NAE_ERA_R-1765_ENSV_Kirjanike_Liit_1945-1955, lk 12
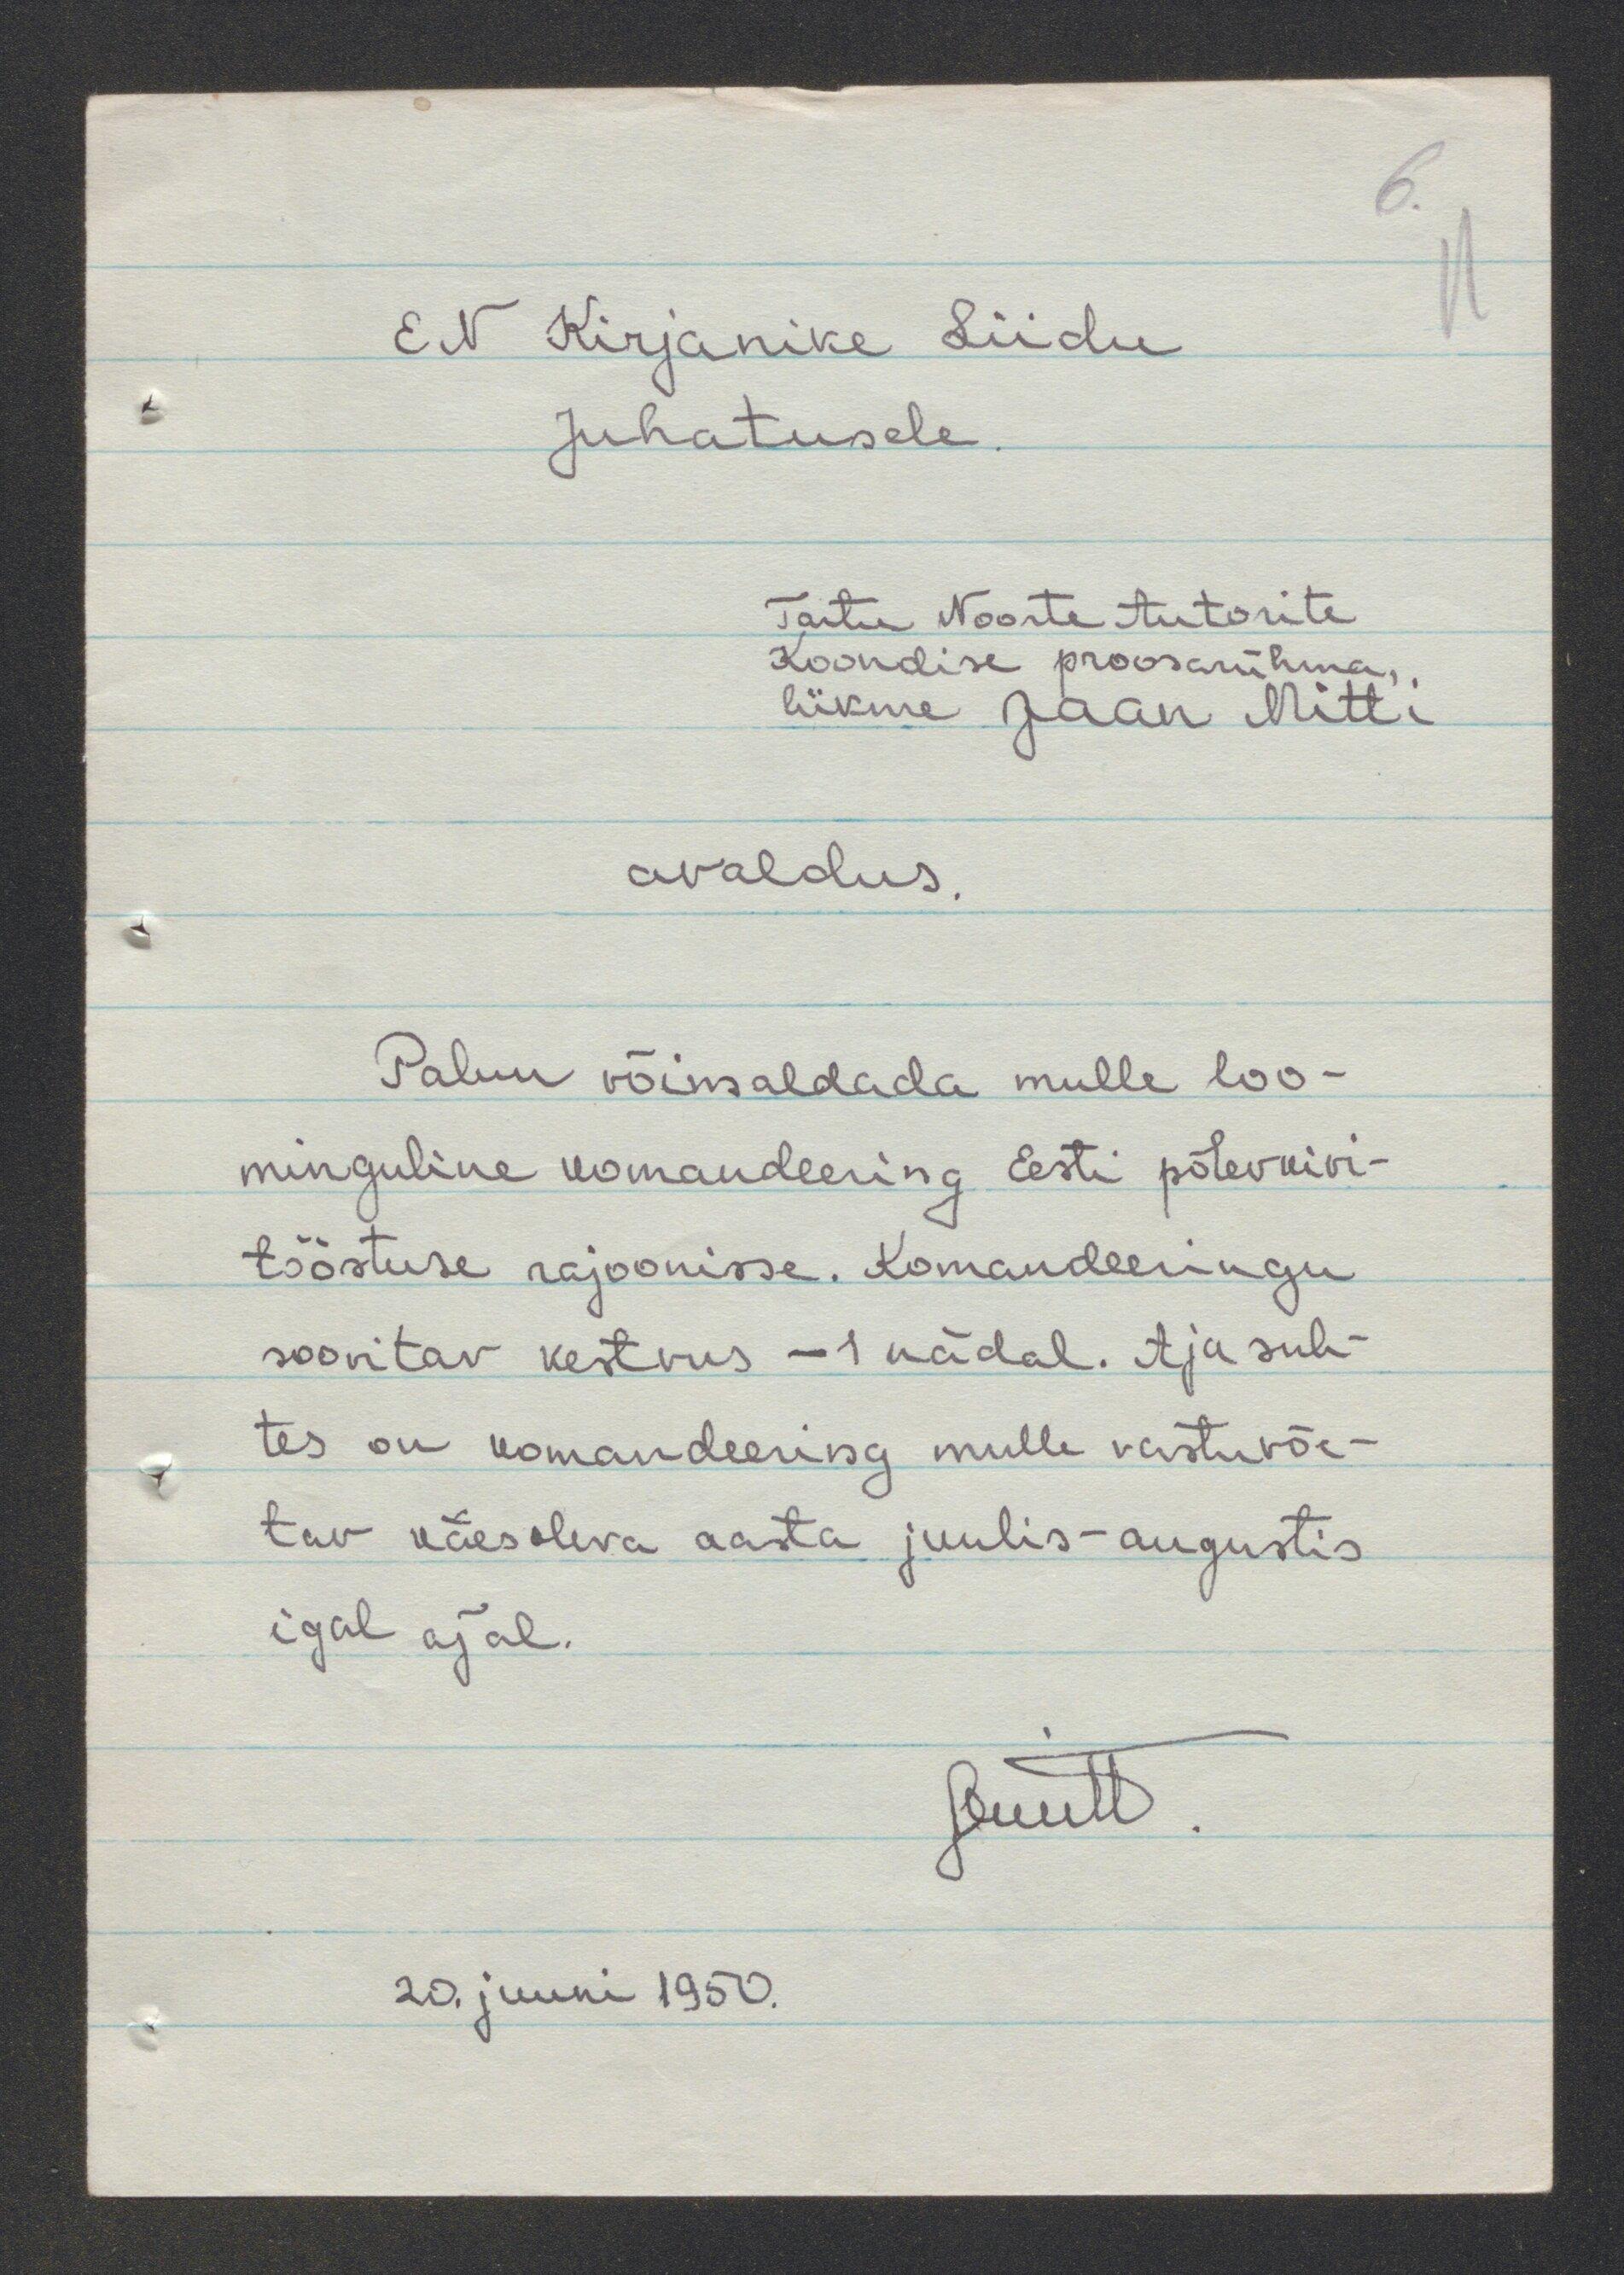
6.
EN Kirjanike Liidu
juhatusele.
Tartu Noorte Autorite
Koondise proosarühma,
liikme Jaan Mitt.
avaldus.
Palun võimaldada mulle loo-
minguline komandeering Eesti põlekivi-
tööstuse rajoonisse. Komandeeringu
soovitav kestvus - 1 nädal. Aja suh-
tes on komandeering mulle vastuvõe-
tav käesoleva aasta juulis-augustis
igal ajal.
20. juuni 1950.